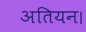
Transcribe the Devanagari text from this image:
अतियन।